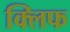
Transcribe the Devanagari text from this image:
क्‍लिफ